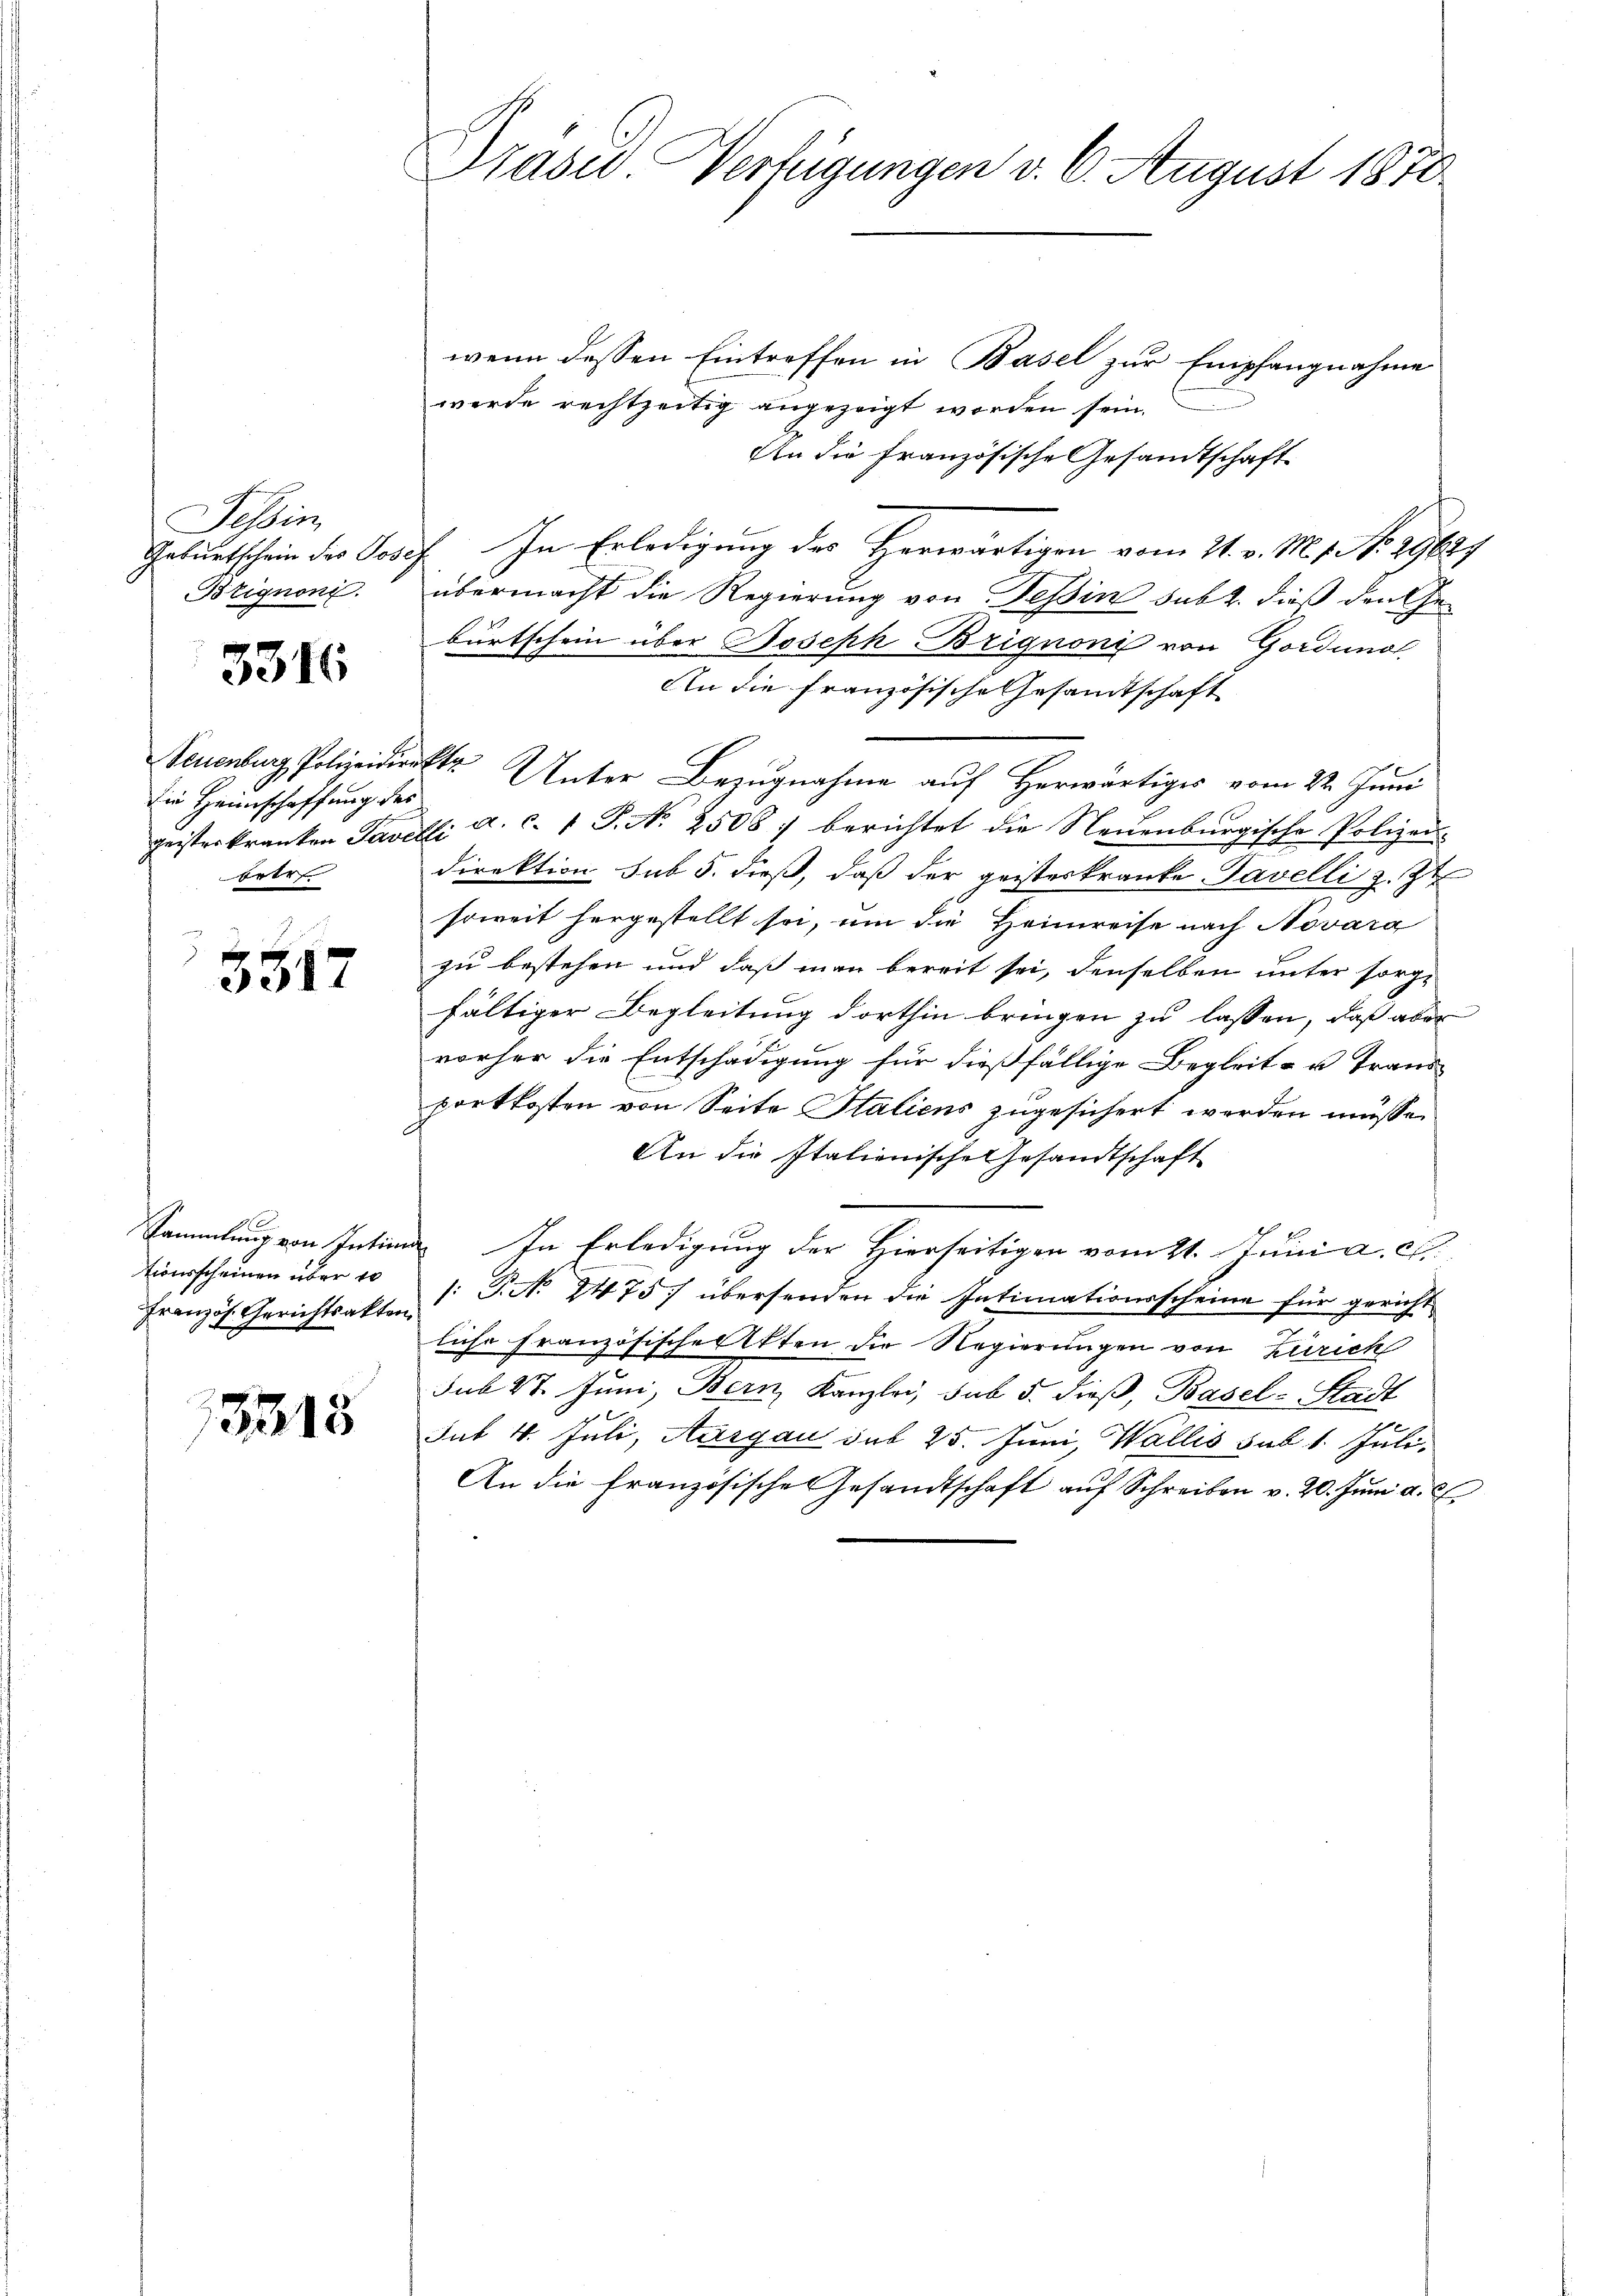
Tessin
Geburtschein des Jose
Brignoni.

3316

Teuenburg Polizeidir
die Heimschaffung der
geisteskranken Tave
betr

3517

Sammlung von Intim
tionsscheinen über 10
Französ. Gerichtsakten

15318

Präsid. Verfügungen v. 6. August 1870

wenn dessen Eintreffen in Basel zur Empfangnahme
werde rechtzeitig angezeigt worden sein.
An die Französische Gesandtschaft
E. In Erledigung des Herwärtigen vom 21. v. M. 1. No. 2968)
übermacht die Regierung von Tessin subt. dieß den Geburtschein über Joseph Brignoni von Gordung
An die französische Gesandtschaft
s
Unter Bezugnahme auf Herwärtiges vom 22. Juni
bi a. c. 1 P. Nr. 2508 :/ berichtet die Neuenburgische Polizei
direktion sub 5. dieß, daß der geisteskranke Pavelli z. Zt.
soweit hergestellt so, um die Heimreise nach Novara
zu bestehen und daß man bereit sei, denselben unter sorgfältiger Begleitung dorthin bringen zu lassen, daß aber
vorher die Entschädigung für dießfällige Begleit- u Trans
portkosten von Seite Staliens zugesichert werden müsse,
An die Italionische Gesandtschaft
 In Erledigung der Hierseitigen vom 21. Juni a. c.
: P. N. 2475 übersenden die Intimationsscheine für gericht
liche Französische Akten die Regierungen von Zürich
sub 27. Juni, Bern, Kanzlei, sub 5. dieß, Basel-Stadt
sub 4. Juli, Aargau sub 25. Juni Wallis sub 1. Juli.
An die französische Gesandtschaft aŭf Schreiben v. 20. Jŭni a. c.